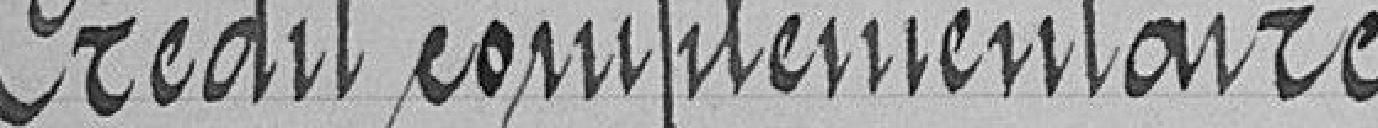
Crédit complémentaire